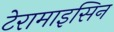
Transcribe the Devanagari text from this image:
टेरामाइसिन